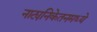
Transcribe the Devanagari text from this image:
नाट्यनिकेतनमध्ये